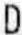
D